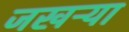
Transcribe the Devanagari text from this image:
जखऱ्या